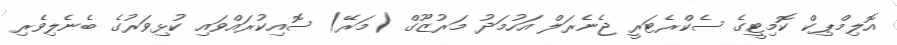
އޮލިމްޕިކް ކޮމިޓީގެ ސެކްރެޓަރީ ޖެނެރަލް އަހުމަދު މަރުޒޫގް (މަރޭ) ސޮއިކުރައްވައި ކުޅިވަރުގެ ބެނެލިވެރި